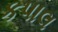
કપાલ